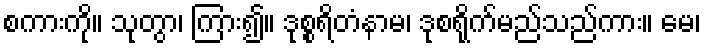
စကားကို။ သုတွာ၊ ကြား၍။ ဒုစ္စရိတံနာမ၊ ဒုစရိုက်မည်သည်ကား။ မေ၊